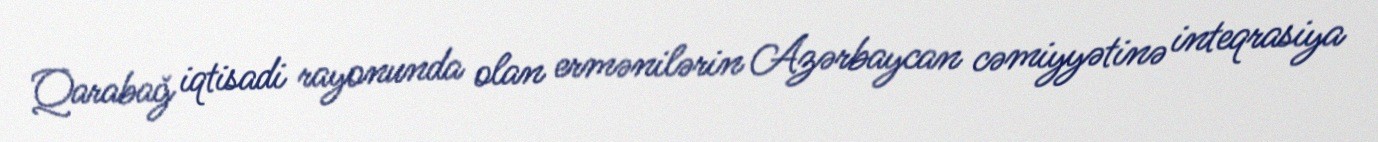
Qarabağ iqtisadi rayonunda olan ermənilərin Azərbaycan cəmiyyətinə inteqrasiya